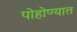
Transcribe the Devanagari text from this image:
पोहोण्यात